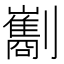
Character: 㔒